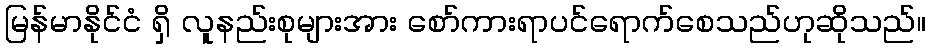
မြန်မာနိုင်ငံ ရှိ လူနည်းစုများအား စော်ကားရာပင်ရောက်စေသည်ဟုဆိုသည်။